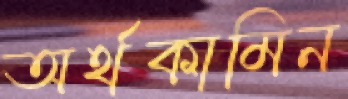
অর্থকামিন